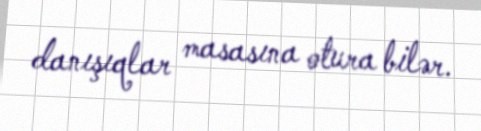
danışıqlar masasına otura bilər.